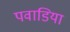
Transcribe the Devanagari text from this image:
पवाडिया